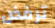
ترفض